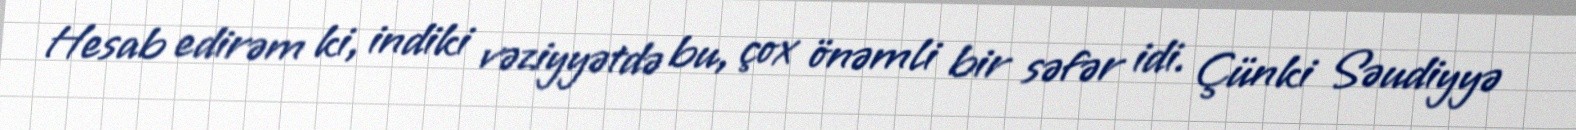
Hesab edirəm ki, indiki vəziyyətdə bu, çox önəmli bir səfər idi. Çünki Səudiyyə